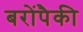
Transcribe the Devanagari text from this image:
बरोंपैकी